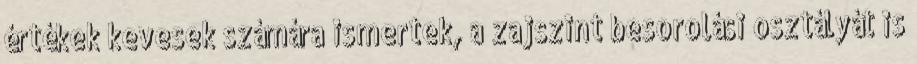
értékek kevesek számára ismertek, a zajszint besorolási osztályát is